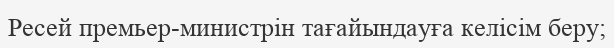
Ресей премьер-министрін тағайындауға келісім беру;